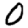
Digit: 0